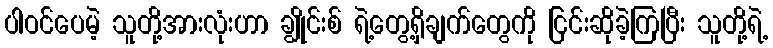
ပါဝင်ပေမဲ့ သူတို့အားလုံးဟာ ချွိုင်းစ် ရဲ့တွေ့ရှိချက်တွေကို ငြင်းဆိုခဲ့ကြပြီး သူတို့ရဲ့